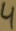
Text: 4